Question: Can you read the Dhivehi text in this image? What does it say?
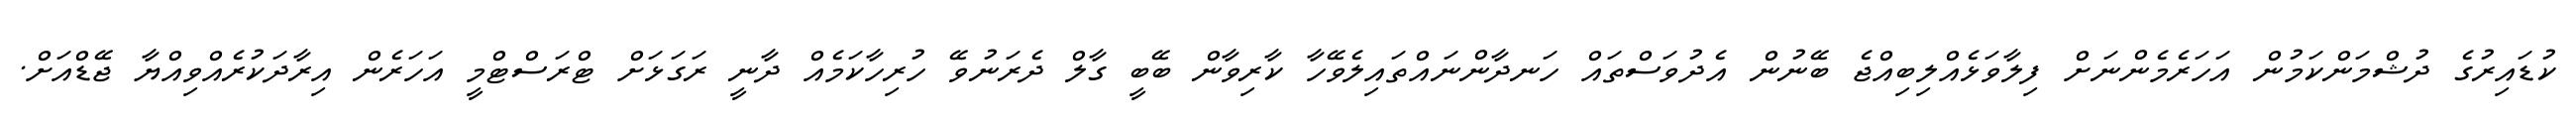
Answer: ކުޑައިރުގެ ދުޝްމަންކަމުން އަހަރެމެންނަށް ފިލާވަޅެއްލިބިއްޖެ ބޭނުން އެދުވަސްތައް ހަނދާންނައްތައިލެވޭހާ ކާރިވާން ބޭބީ ގާލް ދެރަނުވޭ ހުރިހާކަމެއް ދާނީ ރަގަޅަށް ޓްރަސްޓްމީ އަހަރެން އިރާދަކުރެއްވިއްޔާ ޖޭޑްއަށް.